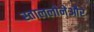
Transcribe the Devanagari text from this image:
स्ताललोनेऔर